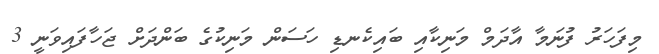
މިފަހަރު ފުނަމާ އާދަމް މަނިކާއި ބައިކެނޑި ހަސަން މަނިކުގެ ބަންދަށް ޖަހާފައިވަނީ 3